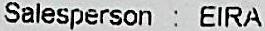
SALESPERSON : EIRA